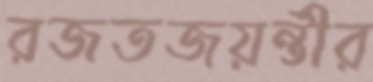
রজতজয়ন্তীর